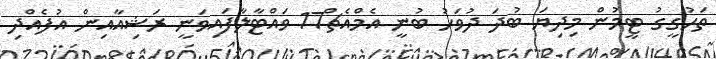
ތަހުގީގު ޓީމުން މިދިޔަ ބުދަ ދުވަހު ބުނީ އެމްއެޗް17 ވައްޓާލާފައިވަނީ ރަޝިއާއިން އުފެއްދި